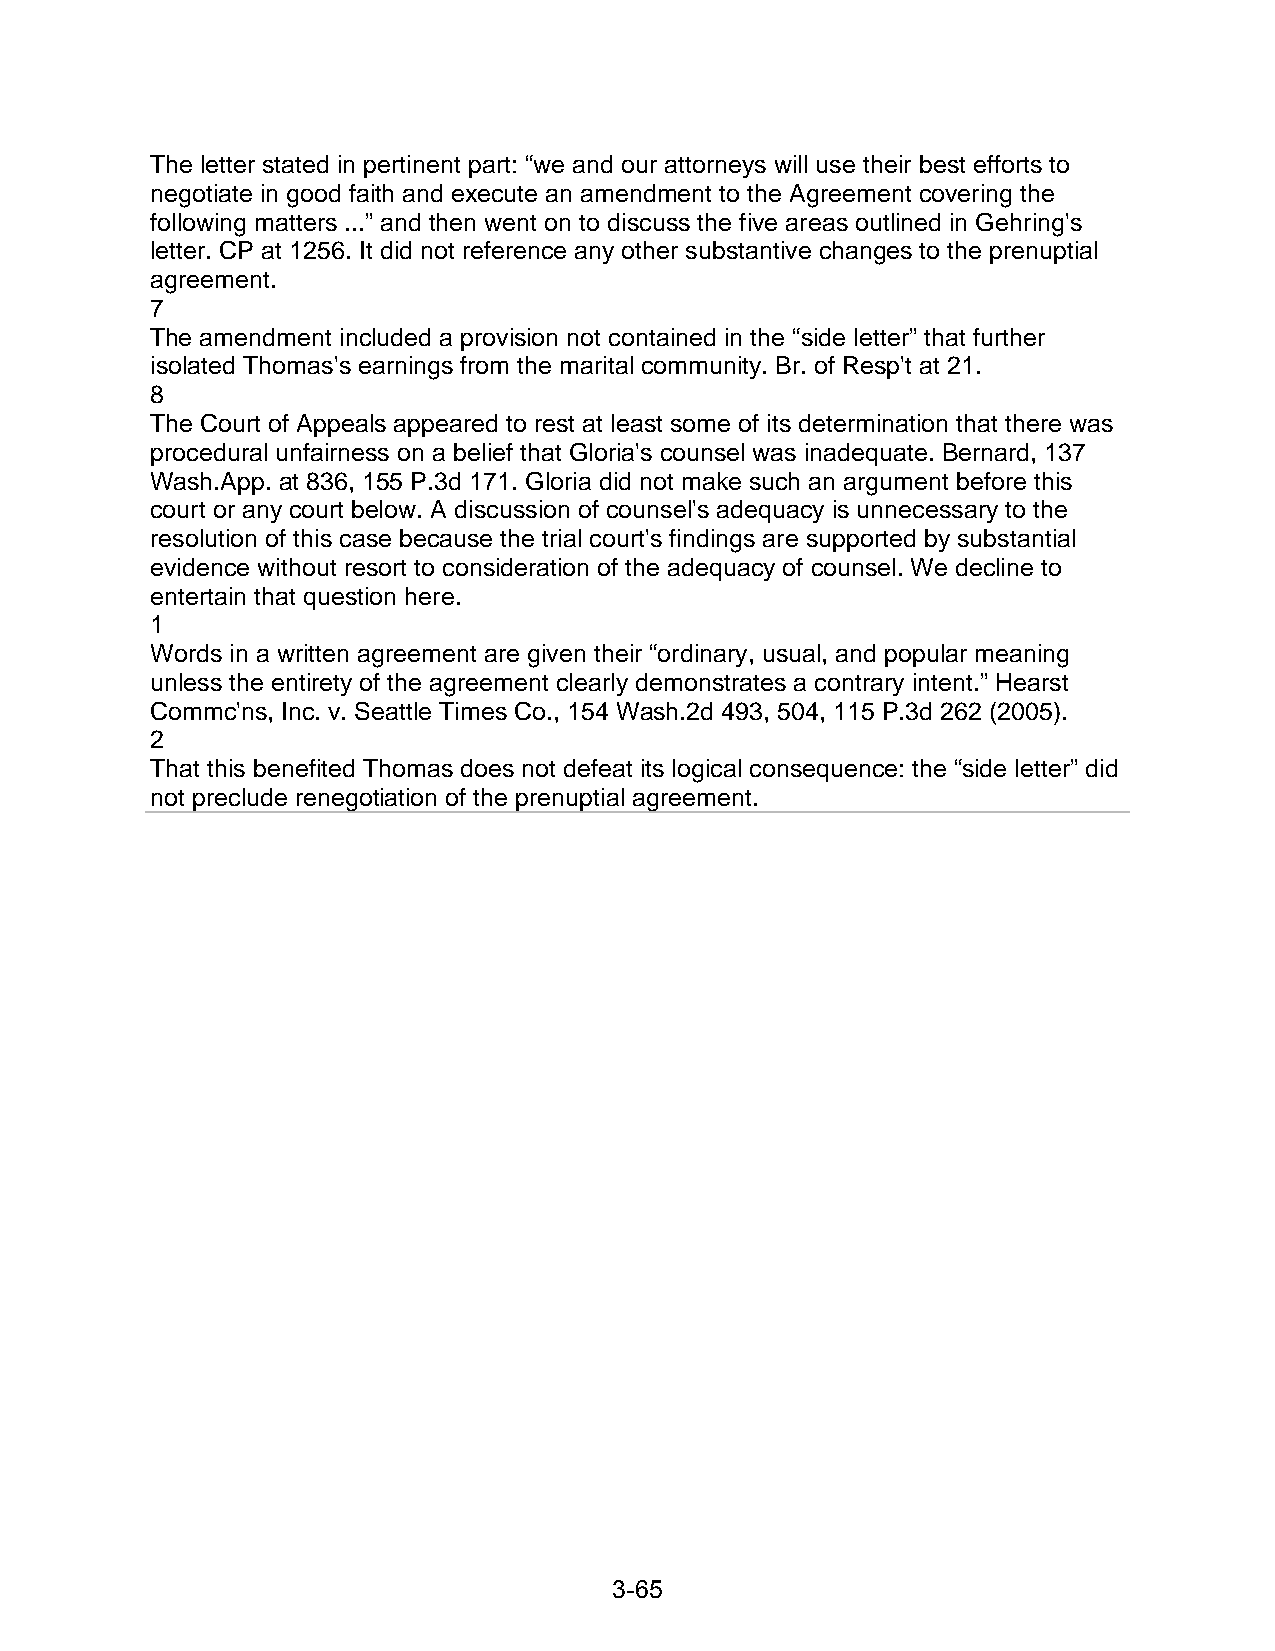
The letter stated in pertinent part: “we and our attorneys will use their best efforts to
 negotiate in good faith and execute an amendment to the Agreement covering the
 following matters ...” and then went on to discuss the five areas outlined in Gehring's
 letter. CP at 1256. It did not reference any other substantive changes to the prenuptial
 agreement.
 7
 The amendment included a provision not contained in the “side letter” that further
 isolated Thomas's earnings from the marital community. Br. of Resp't at 21.
 8
 The Court of Appeals appeared to rest at least some of its determination that there was
 procedural unfairness on a belief that Gloria's counsel was inadequate. Bernard, 137
 Wash.App. at 836, 155 P.3d 171. Gloria did not make such an argument before this
 court or any court below. A discussion of counsel's adequacy is unnecessary to the
 resolution of this case because the trial court's findings are supported by substantial
 evidence without resort to consideration of the adequacy of counsel. We decline to
 entertain that question here.
 1
 Words in a written agreement are given their “ordinary, usual, and popular meaning
 unless the entirety of the agreement clearly demonstrates a contrary intent.” Hearst
 Commc'ns, Inc. v. Seattle Times Co., 154 Wash.2d 493, 504, 115 P.3d 262 (2005).
 2
 That this benefited Thomas does not defeat its logical consequence: the “side letter” did
 not preclude renegotiation of the prenuptial agreement.
 3-65